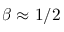
\beta \approx 1 / 2